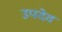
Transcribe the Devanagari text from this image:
उपदेव